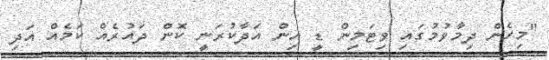
"މިހެން ދިމާވުމުގައި ވިޓަމިން ޑީ އިން އަދާކުރަނީ ކޮން ދައުރެއް ކަމެއް އަދި